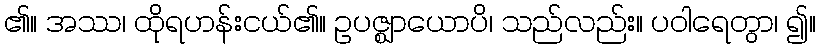
၏။ အဿ၊ ထိုရဟန်းငယ်၏။ ဥပဇ္ဈာယောပိ၊ သည်လည်း။ ပဝါရေတွာ၊ ၍။